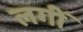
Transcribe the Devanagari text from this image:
लगीँ